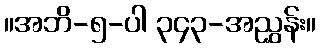
။အဘိ-၅-ပါ ၃၄၃-အညွှန်း။